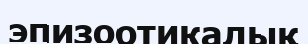
эпизоотикалық